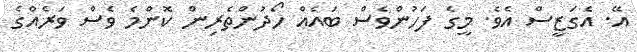
އޭ. އެގަޒީސް އެވެ. މީގެ ފަހުންވެސް ބައެއް ހޯދުންތެރިން ކޮންމެ ވެސް ވަރެއްގެ